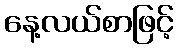
နေ့လယ်စာဖြင့်